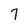
Character: 7